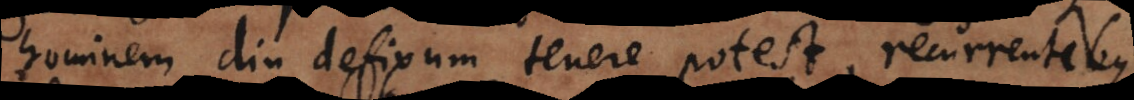
hominem diu defixum tenere potest, recurrentibus